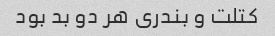
کتلت و بندری هر دو بد بود